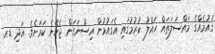
ގައުމެއްގެ މައްސަލަތައް ހައްލު ކުރުމުގައި އެގައުމުން އިސްނަގަން ޖެހޭނެ ކަމަށެވެ. އަދި ޑރ.